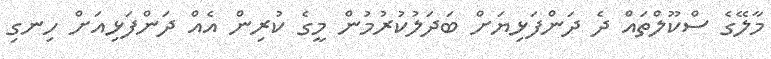
މާލޭގެ ސްކޫލްތައް ދެ ދަންފަޅިޔަށް ބަދަލުކުރުމުން މީގެ ކުރިން އެއް ދަންފަޅިއަށް ހިނގި